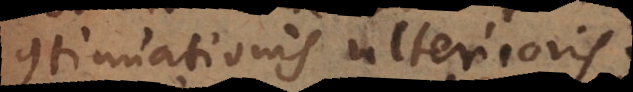
continuationis ulterioris.